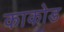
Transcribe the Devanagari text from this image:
काकोड